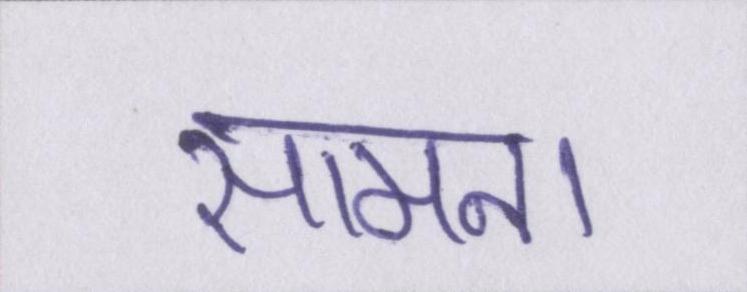
सामना